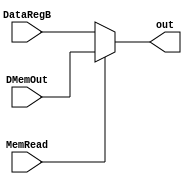
module MDRMux(
	input MemRead,
	input[DATA_WIDTH-1:0] DMemOut,
	input[DATA_WIDTH-1:0] DataRegB,
	output[DATA_WIDTH-1:0] out
    );
	parameter DATA_WIDTH = 32;
	assign out = MemRead ? DMemOut : DataRegB;
endmodule